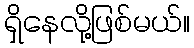
ရှိနေလို့ဖြစ်မယ်။